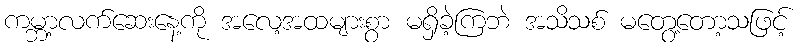
ကမ္ဘာ့လက်ဆေးနေ့ကို အလေ့အထများစွာ မရှိခဲ့ကြဘဲ အသိသစ် မတွေ့တော့သဖြင့်